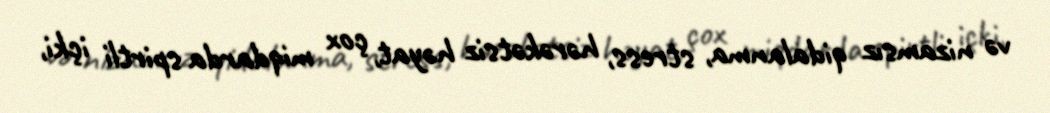
və nizamsız qidalanma, stress, hərəkətsiz həyat, çox miqdarda spirtli içki,